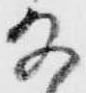
な